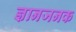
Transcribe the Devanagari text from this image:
ज्ञानजनक